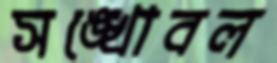
সঙ্খোবল